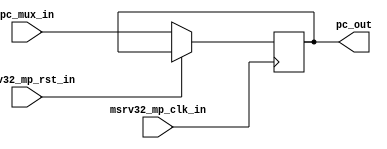
module msrv32_reg_block_1(
    pc_mux_in, msrv32_mp_clk_in, msrv32_mp_rst_in,
    pc_out);

    parameter WIDTH = 32;

    input [WIDTH-1:0]pc_mux_in;
    input msrv32_mp_rst_in, msrv32_mp_clk_in;
    output reg [WIDTH-1:0]pc_out;


    always@(posedge msrv32_mp_clk_in) begin
        if(msrv32_mp_rst_in) begin
            pc_out = pc_out; //DOUBT FOR WHEN RST IS ASSERTED 
        end

        else
        pc_out = pc_mux_in;
        

    end

endmodule